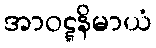
အာဝဋ္ဋနိမာယံ